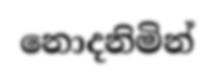
නොදනිමින්